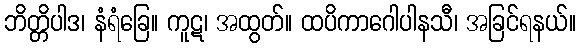
ဘိတ္တိပါဒ၊ နံရံခြေ။ ကူဋ၊ အထွတ်။ ထပိကာဂေါပါနသီ၊ အခြင်ရနယ်။